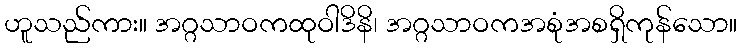
ဟူသည်ကား။ အဂ္ဂသာဝကထုဝါဒိနိ၊ အဂ္ဂသာဝကအစုံအစရှိကုန်သော။